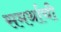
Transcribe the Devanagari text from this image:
समर्थाची